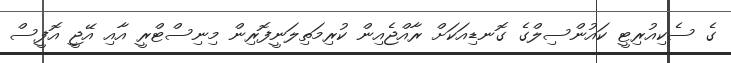
ގެ ސެކިއުރިޓީ ކައުންސިލްގެ ގޮނޑިއަކަށް ރާއްޖެއިން ކުރިމަތިލަނީފޮރިން މިނިސްޓްރީ އާއި އޭޖީ އޮފީސް